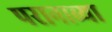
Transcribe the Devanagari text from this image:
परानाव्या